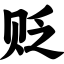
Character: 贬